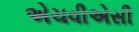
એચવીએસી